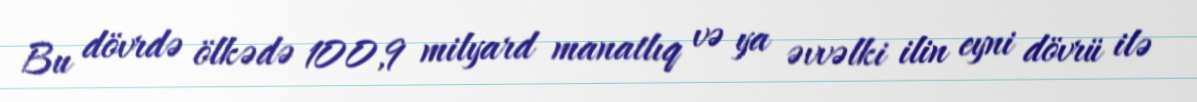
Bu dövrdə ölkədə 100,9 milyard manatlıq və ya əvvəlki ilin eyni dövrü ilə